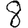
Digit: 8